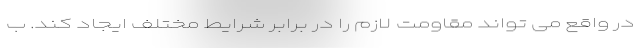
در واقع می تواند مقاومت لازم را در برابر شرایط مختلف ایجاد کند. ب